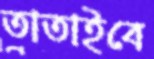
তাতাইবে